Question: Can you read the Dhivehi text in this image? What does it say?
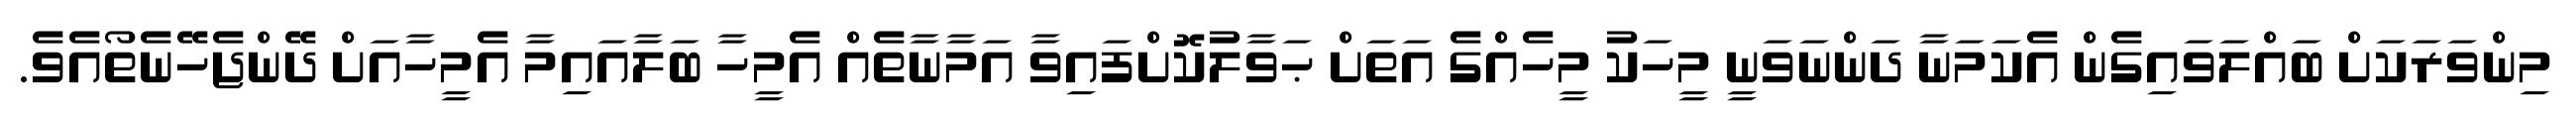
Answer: މިންވަރަކަށް ބައްލަވައިގެން އެކަމަނާ ދަންނަވަނީ މީހަކު މީހެއްގެ އަތަށް ޙަވާލުކޮށްފައިވާ އަމާނާތެއް އެމީހާ ބަލާއައިމާ އެމީހާއަށް ދޭންޖެހޭނެތޯއެވެ.